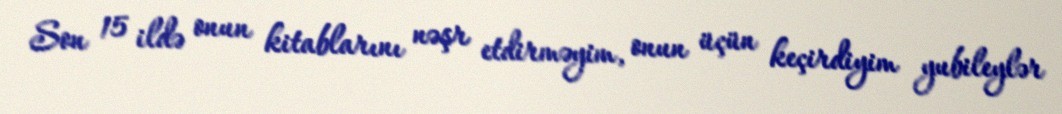
Son 15 ildə onun kitablarını nəşr etdirməyim, onun üçün keçirdiyim yubileylər